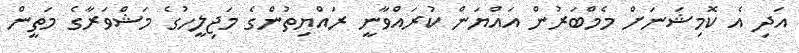
އަދި އެ ކޮމިޝަނަށް މެމްބަރުން އައްޔަން ކުރައްވާނީ ރައްޔިތުންގެ މަޖިލީހުގެ މަޝްވަރާގެ މަތީން